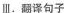
Ⅲ.翻译句子